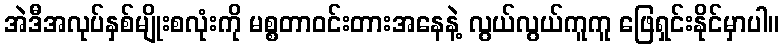
အဲဒီအလုပ်နှစ်မျိုးစလုံးကို မစ္စတာဝင်းတားအနေနဲ့ လွယ်လွယ်ကူကူ ဖြေရှင်းနိုင်မှာပါ။